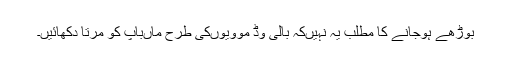
بوڑھے ہوجانے کا مطلب یہ نہیں‌کہ بالی وڈ موویوں‌کی طرح ماں‌باپ کو مرتا دکھائیں۔